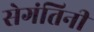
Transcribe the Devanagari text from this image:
सेगंतिनी